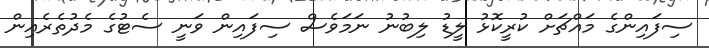
ސިފައިންގެ މައްޗަށް ކުރީކޮޅު ލީޑު ލިބުނު ނަމަވެސް ސިފައިން ވަނީ ސެޓުގެ މެދުތެރެއިން